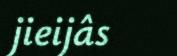
jieijâs